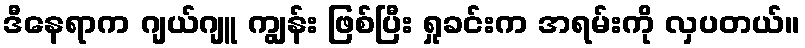
ဒီနေရာက ဂျယ်ဂျူ ကျွန်း ဖြစ်ပြီး ရှုခင်းက အရမ်းကို လှပတယ်။